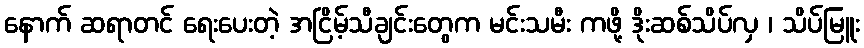
နောက် ဆရာတင် ရေးပေးတဲ့ အငြိမ့်သီချင်းတွေက မင်းသမီး ကဖို့ ဒိုးဆစ်သိပ်လှ ၊ သိပ်မြူး